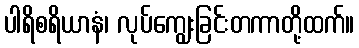
ပါရိစရိယာနံ၊ လုပ်ကျွေးခြင်းတကာတို့ထက်။